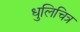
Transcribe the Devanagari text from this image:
धुलिचित्र